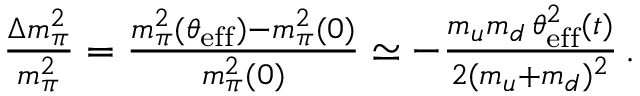
\begin{array} { r } { \! \! \! \! \! \! \! \! \! \! \! \! \frac { \Delta m _ { \pi } ^ { 2 } } { m _ { \pi } ^ { 2 } } = \frac { m _ { \pi } ^ { 2 } ( \theta _ { \mathrm { e f f } } ) - m _ { \pi } ^ { 2 } ( 0 ) } { m _ { \pi } ^ { 2 } ( 0 ) } \simeq - \frac { m _ { u } m _ { d } \, \theta _ { \mathrm { e f f } } ^ { 2 } ( t ) } { 2 ( m _ { u } + m _ { d } ) ^ { 2 } } \, . } \end{array}